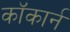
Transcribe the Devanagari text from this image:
कॉकार्न